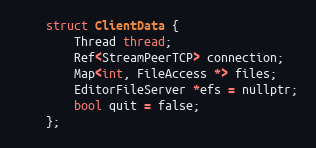
Language: C
	struct ClientData {
		Thread thread;
		Ref<StreamPeerTCP> connection;
		Map<int, FileAccess *> files;
		EditorFileServer *efs = nullptr;
		bool quit = false;
	};